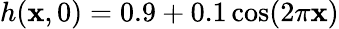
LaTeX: h(\mathbf{x},0)=0.9+0.1\cos(2\pi\mathbf{x})